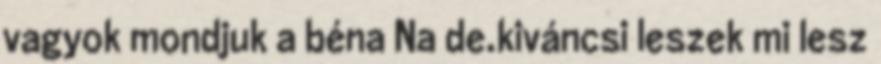
vagyok mondjuk a béna Na de.kiváncsi leszek mi lesz